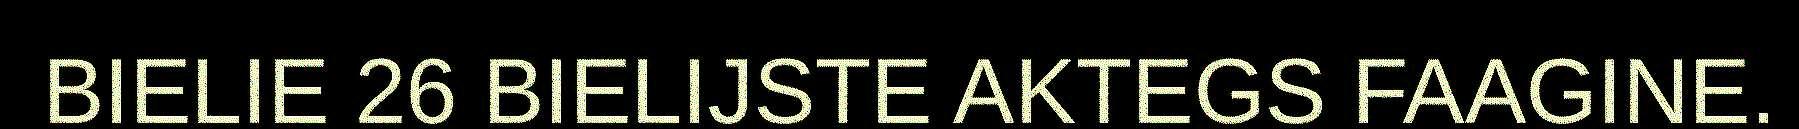
BIELIE 26 BIELIJSTE AKTEGS FAAGINE.